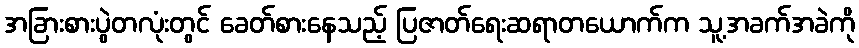
အခြားစားပွဲတလုံးတွင် ခေတ်စားနေသည့် ပြဇာတ်ရေးဆရာတယောက်က သူ့အခက်အခဲကို